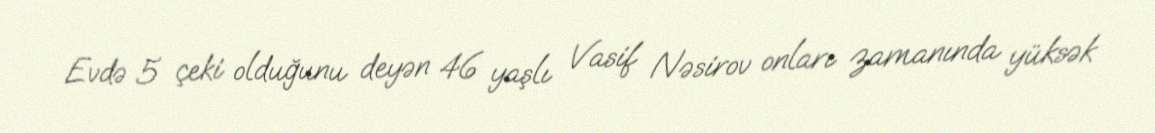
Evdə 5 çeki olduğunu deyən 46 yaşlı Vasif Nəsirov onları zamanında yüksək